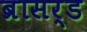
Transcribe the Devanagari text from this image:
ब्रासर्ड